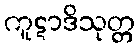
ကူဋာဒိသုတ္တ